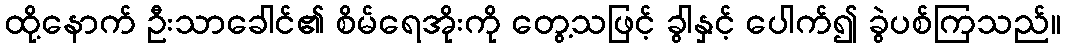
ထို့နောက် ဦးသာခေါင်၏ စိမ်ရေအိုးကို တွေ့သဖြင့် ခွါနှင့် ပေါက်၍ ခွဲပစ်ကြသည်။